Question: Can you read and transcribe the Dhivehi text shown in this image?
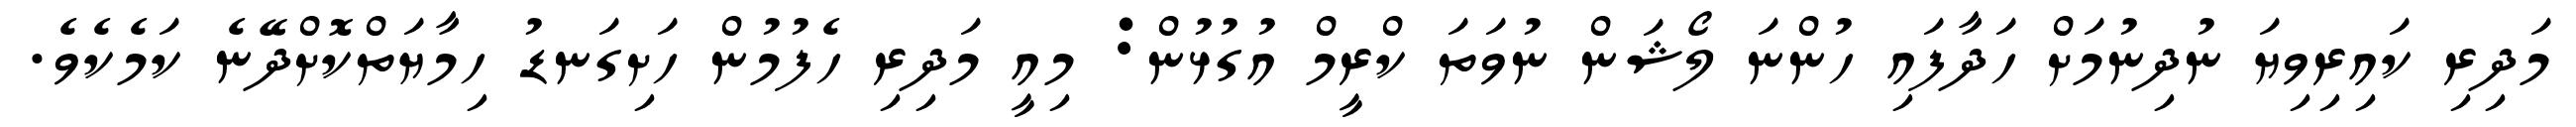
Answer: މަދިރި ކައިރިވިޔަ ނުދިނުމަށް ހަދާފައި ހުންނަ ލޯޝަން ނުވަތަ ކްރީމް އުގުޅުން: މިއީ މަދިރި ހެފުމުން ހަށިގަނޑު ހިމާޔަތްކޮށްދޭނެ ކަމެކެވެ.